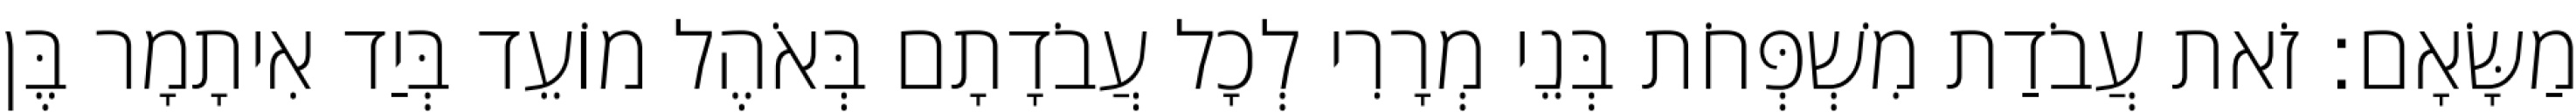
מַשָּׂאָם׃ זֹאת עֲבֹדַת מִשְׁפְּחֹת בְּנֵי מְרָרִי לְכָל עֲבֹדָתָם בְּאֹהֶל מוֹעֵד בְּיַד אִיתָמָר בֶּן